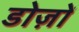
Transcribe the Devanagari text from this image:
डोज़ों